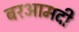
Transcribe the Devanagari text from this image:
बरआमदी